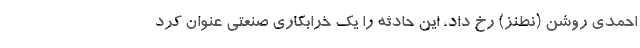
احمدی روشن (نطنز) رخ داد، این حادثه را یک خرابکاری صنعتی عنوان کرد